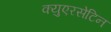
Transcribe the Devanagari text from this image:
क्युएरसेटिन